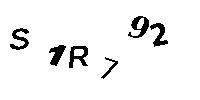
S1R792